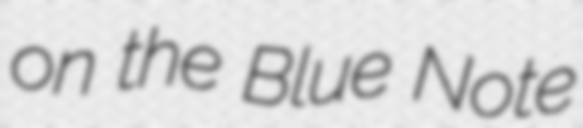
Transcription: on the Blue Note